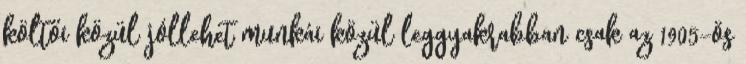
költői közül jóllehet munkái közül leggyakrabban csak az 1905-ös